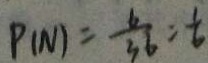
P _ { ( N ) } = \frac { 6 } { 3 6 } = \frac { 1 } { 6 }